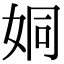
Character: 姛